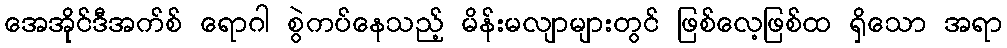
အေအိုင်ဒီအက်စ် ရောဂါ စွဲကပ်နေသည့် မိန်းမလျာများတွင် ဖြစ်လေ့ဖြစ်ထ ရှိသော အရာ